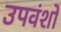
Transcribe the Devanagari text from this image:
उपवंशों